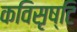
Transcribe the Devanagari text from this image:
कविसृष्टि